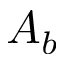
A _ { b }